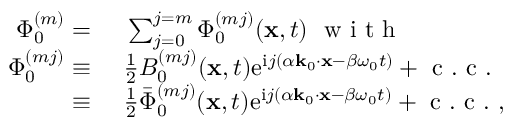
\begin{array} { r l } { \Phi _ { 0 } ^ { ( m ) } = ~ } & { { } \sum _ { j = 0 } ^ { j = m } \Phi _ { 0 } ^ { ( m j ) } ( \mathbf { x } , t ) ~ \mathrm { ~ w ~ i ~ t ~ h ~ } ~ } \\ { \Phi _ { 0 } ^ { ( m j ) } \equiv ~ } & { { } \frac { 1 } { 2 } B _ { 0 } ^ { ( m j ) } ( \mathbf { x } , t ) \mathrm { e } ^ { \mathrm { i } j ( \alpha \mathbf { k } _ { 0 } \cdot \mathbf { x } - \beta \omega _ { 0 } t ) } + \mathrm { ~ c ~ . ~ c ~ . ~ } } \\ { \equiv ~ } & { { } \frac { 1 } { 2 } \bar { \Phi } _ { 0 } ^ { ( m j ) } ( \mathbf { x } , t ) \mathrm { e } ^ { \mathrm { i } j ( \alpha \mathbf { k } _ { 0 } \cdot \mathbf { x } - \beta \omega _ { 0 } t ) } + \mathrm { ~ c ~ . ~ c ~ . ~ } , } \end{array}